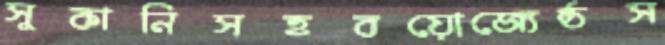
সুকানিসহবয়োজ্যেষ্ঠস